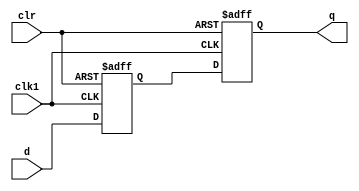
module two_flop_synchronizer (
    input wire clk1,  // input clock signal
    input wire clr,   // asynchronous clear signal
    input wire d,     // input data signal
    output reg q      // synchronized output data signal
);

reg flop1;
reg flop2;

// First flip-flop captures the incoming signal
always @(posedge clk1 or negedge clr) begin
    if (!clr) begin
        flop1 <= 1'b0;
    end else begin
        flop1 <= d;
    end
end

// Second flip-flop provides the synchronized output
always @(posedge clk1 or negedge clr) begin
    if (!clr) begin
        flop2 <= 1'b0;
    end else begin
        flop2 <= flop1;
    end
end

// Output the synchronized signal
assign q = flop2;

endmodule